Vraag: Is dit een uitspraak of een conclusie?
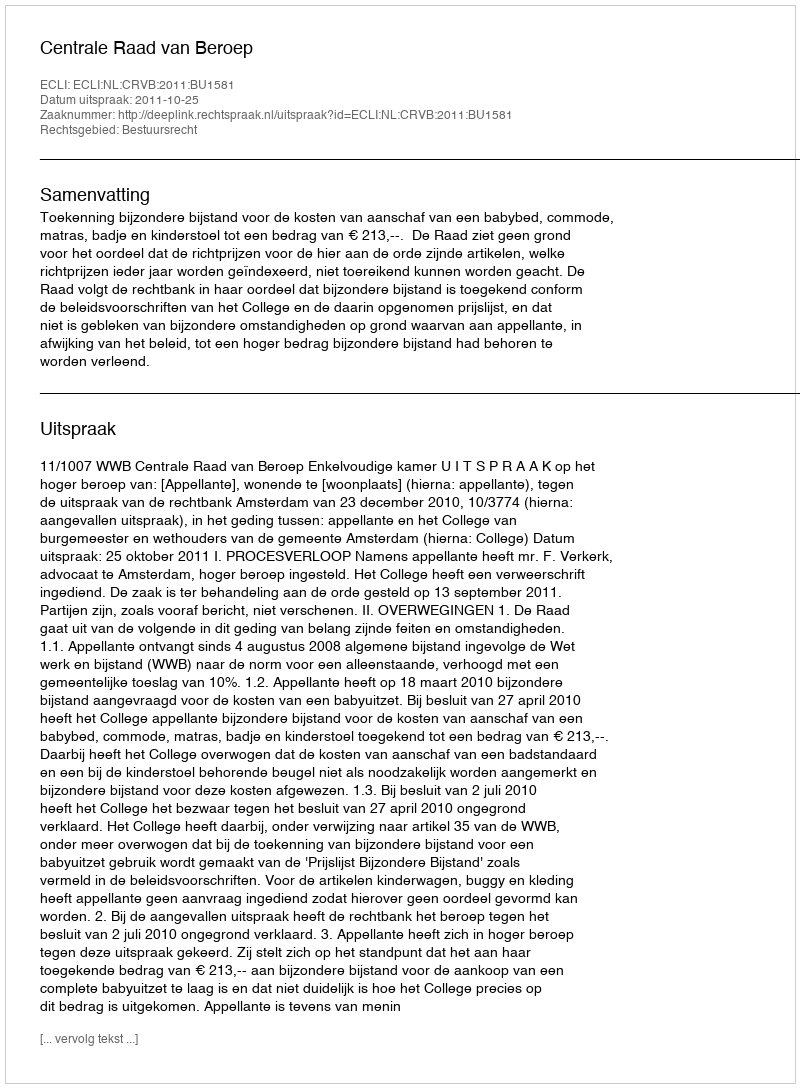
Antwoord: Uitspraak